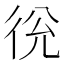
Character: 㣞